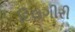
દિલગીરી